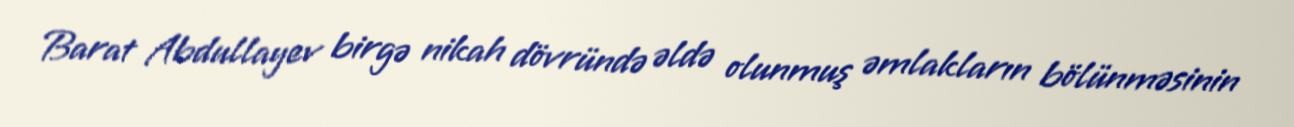
Barat Abdullayev birgə nikah dövründə əldə olunmuş əmlakların bölünməsinin